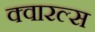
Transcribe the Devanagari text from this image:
क्वारल्स